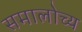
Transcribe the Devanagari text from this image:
समालोच्य